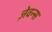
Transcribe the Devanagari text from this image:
ज़ेवन्स